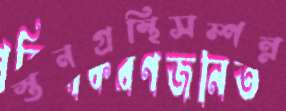
স্তনগ্রন্থিসম্পন্ন